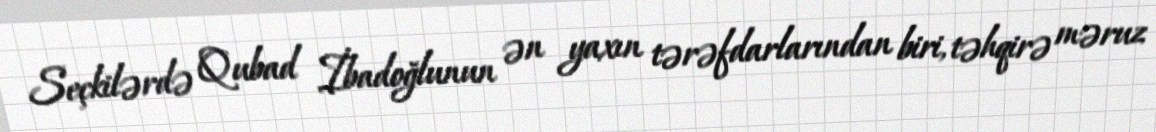
Seçkilərdə Qubad İbadoğlunun ən yaxın tərəfdarlarından biri, təhqirə məruz